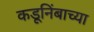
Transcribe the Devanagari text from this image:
कडूनिंबाच्या